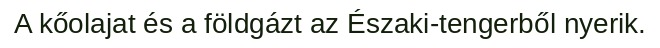
A kőolajat és a földgázt az Északi-tengerből nyerik.